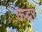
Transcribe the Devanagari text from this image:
ऊद्धर